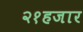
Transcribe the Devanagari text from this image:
२१हजार